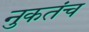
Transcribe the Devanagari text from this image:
नुकतंच